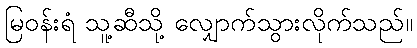
မြဝန်းရံ သူ့ဆီသို့ လျှောက်သွားလိုက်သည်။